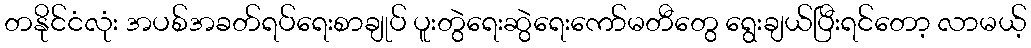
တနိုင်ငံလုံး အပစ်အခတ်ရပ်ရေးစာချုပ် ပူးတွဲရေးဆွဲရေးကော်မတီတွေ ရွေးချယ်ပြီးရင်တော့ လာမယ့်